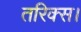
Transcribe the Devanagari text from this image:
तरिक्स।